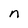
Character: n